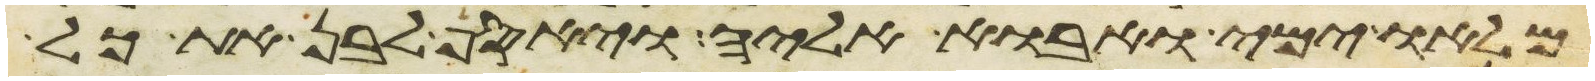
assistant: מלאו ימי ואבוא אליה ויאסף לבן את כל